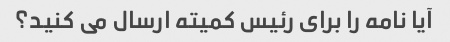
آیا نامه را برای رئیس کمیته ارسال می کنید؟